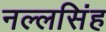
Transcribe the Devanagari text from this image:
नल्लसिंह